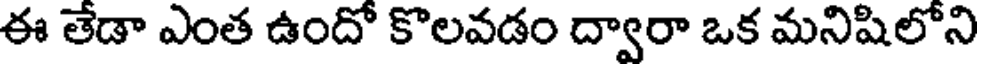
ఈ తేడా ఎంత ఉందో కొలవడం ద్వారా ఒక మనిషిలోని